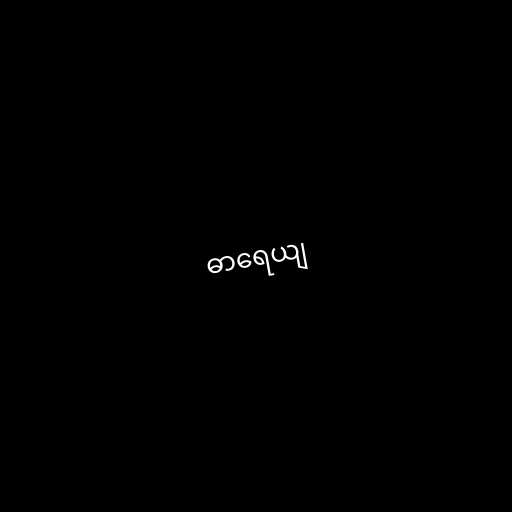
ဓာရေယျ